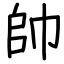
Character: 帥